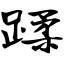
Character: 蹂